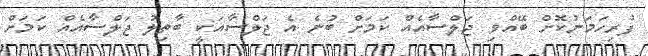
ފުރިހަމަނުކޮށް ބޭއްވި ޖަލްސާއެއް ކަމަށް ބުނެ އެ ޖަލްސާއަކީ ބާތިލު ޖަލްސާއެއް ކަމަށް